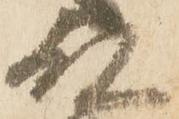
殿